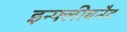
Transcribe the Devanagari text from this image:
इन्फ्लीबनैट